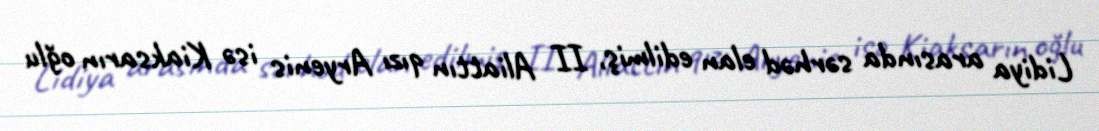
Lidiya arasında sərhəd elan edilmiş, II Aliattın qızı Aryenis isə Kiaksarın oğlu